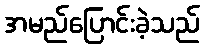
အမည်ပြောင်းခဲ့သည်